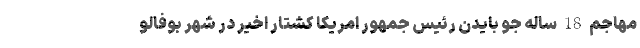
مهاجم 18 ساله جو بایدن رئیس جمهور امریکا کشتار اخیر در شهر بوفالو